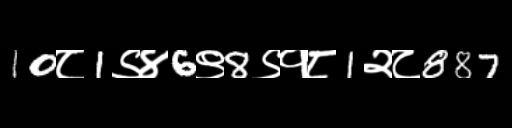
Text: 10८1९४6९8९१८1२८887